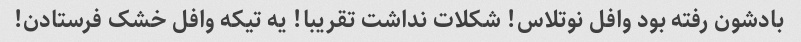
بادشون رفته بود وافل نوتلاس! شکلات نداشت تقریبا! یه تیکه وافل خشک فرستادن!